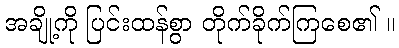
အချို့ကို ပြင်းထန်စွာ တိုက်ခိုက်ကြစေ၏ ။